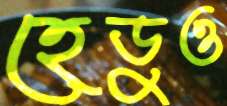
হেডুও